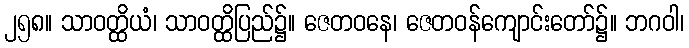
၂၅၈။ သာဝတ္ထိယံ၊ သာဝတ္ထိပြည်၌။ ဇေတဝနေ၊ ဇေတဝန်ကျောင်းတော်၌။ ဘဂဝါ၊